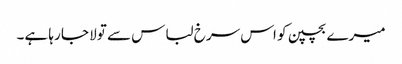
میرے بچپن کو اس سرخ لباس سے تولا جا رہا ہے۔